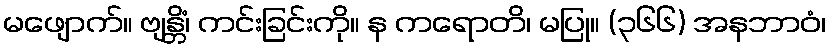
မဖျောက်။ ဗျန္တိံ၊ ကင်းခြင်းကို။ န ကရောတိ၊ မပြု။ (၃၆၆) အနဘာဝံ၊